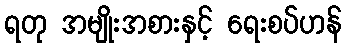
ရတု အမျိုးအစားနှင့် ရေးစပ်ဟန်